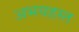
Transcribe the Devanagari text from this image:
अभयहस्त